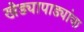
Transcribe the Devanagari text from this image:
खेड्यापाड्यांचा